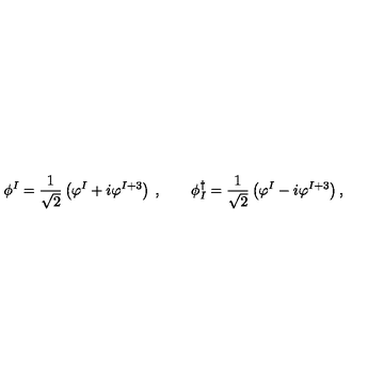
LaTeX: \phi ^ { I } = \frac { 1 } { \sqrt { 2 } } \left( \varphi ^ { I } + i \varphi ^ { I + 3 } \right) \: , \qquad \phi _ { I } ^ { \dagger } = \frac { 1 } { \sqrt { 2 } } \left( \varphi ^ { I } - i \varphi ^ { I + 3 } \right) ,